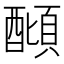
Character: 𨢣